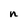
Character: n